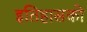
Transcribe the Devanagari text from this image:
इतिहासको